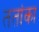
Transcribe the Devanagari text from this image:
ततांका